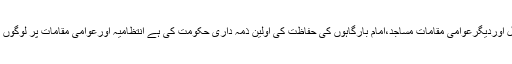
انہوں نے کہاکہ عوام کے جان ومال اوردیگرعوامی مقامات مساجد،امام بارگاہوں کی حفاظت کی اولین ذمہ داری حکومت کی ہے انتظامیہ اورعوامی مقامات پر لوگوں کی جان ومال کا تحفظ یقینی بنائے۔